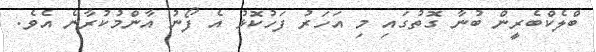
ބްލެކްބެރީން ބުނާ ގޮތުގައި މި އަހަރު ފަހުކޮޅު އެ ފޯނު އާންމުކުރާނެ އެވެ.